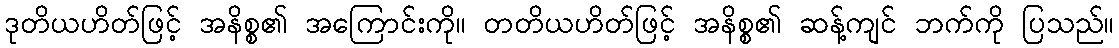
ဒုတိယဟိတ်ဖြင့် အနိစ္စ၏ အကြောင်းကို။ တတိယဟိတ်ဖြင့် အနိစ္စ၏ ဆန့်ကျင် ဘက်ကို ပြသည်။